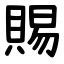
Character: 賜